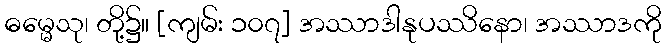
ဓမ္မေသု၊ တို့၌။ [ကျမ်း ၁၀၇] အဿာဒါနုပဿိနော၊ အဿာဒကို